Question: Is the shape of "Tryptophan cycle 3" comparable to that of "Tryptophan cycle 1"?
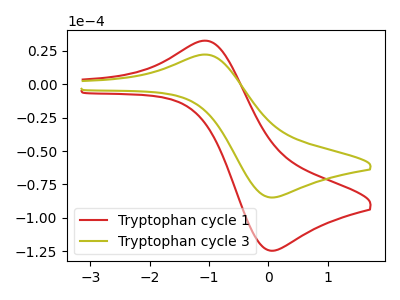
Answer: <think>The red curve "Tryptophan cycle 1" has an anodic peak at (-1.00V, 32.30uA) and a cathodic peak at (0.05V, -124.55uA). The olive curve "Tryptophan cycle 3" has an anodic peak at (-1.00V, 22.00uA) and a cathodic peak at (0.05V, -84.75uA).
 All the peaks in "Tryptophan cycle 3" have a peak in "Tryptophan cycle 1" at the same potential. Every peak in "Tryptophan cycle 3" is lower than every peak in "Tryptophan cycle 1".</think>
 <answer>"Tryptophan cycle 3" and "Tryptophan cycle 1" are similar in shape.</answer>
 <eval>same_shape</eval>